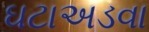
ઘટાઅડવા